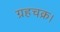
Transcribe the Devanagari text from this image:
ग्रहचक्र।